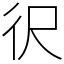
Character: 鿈